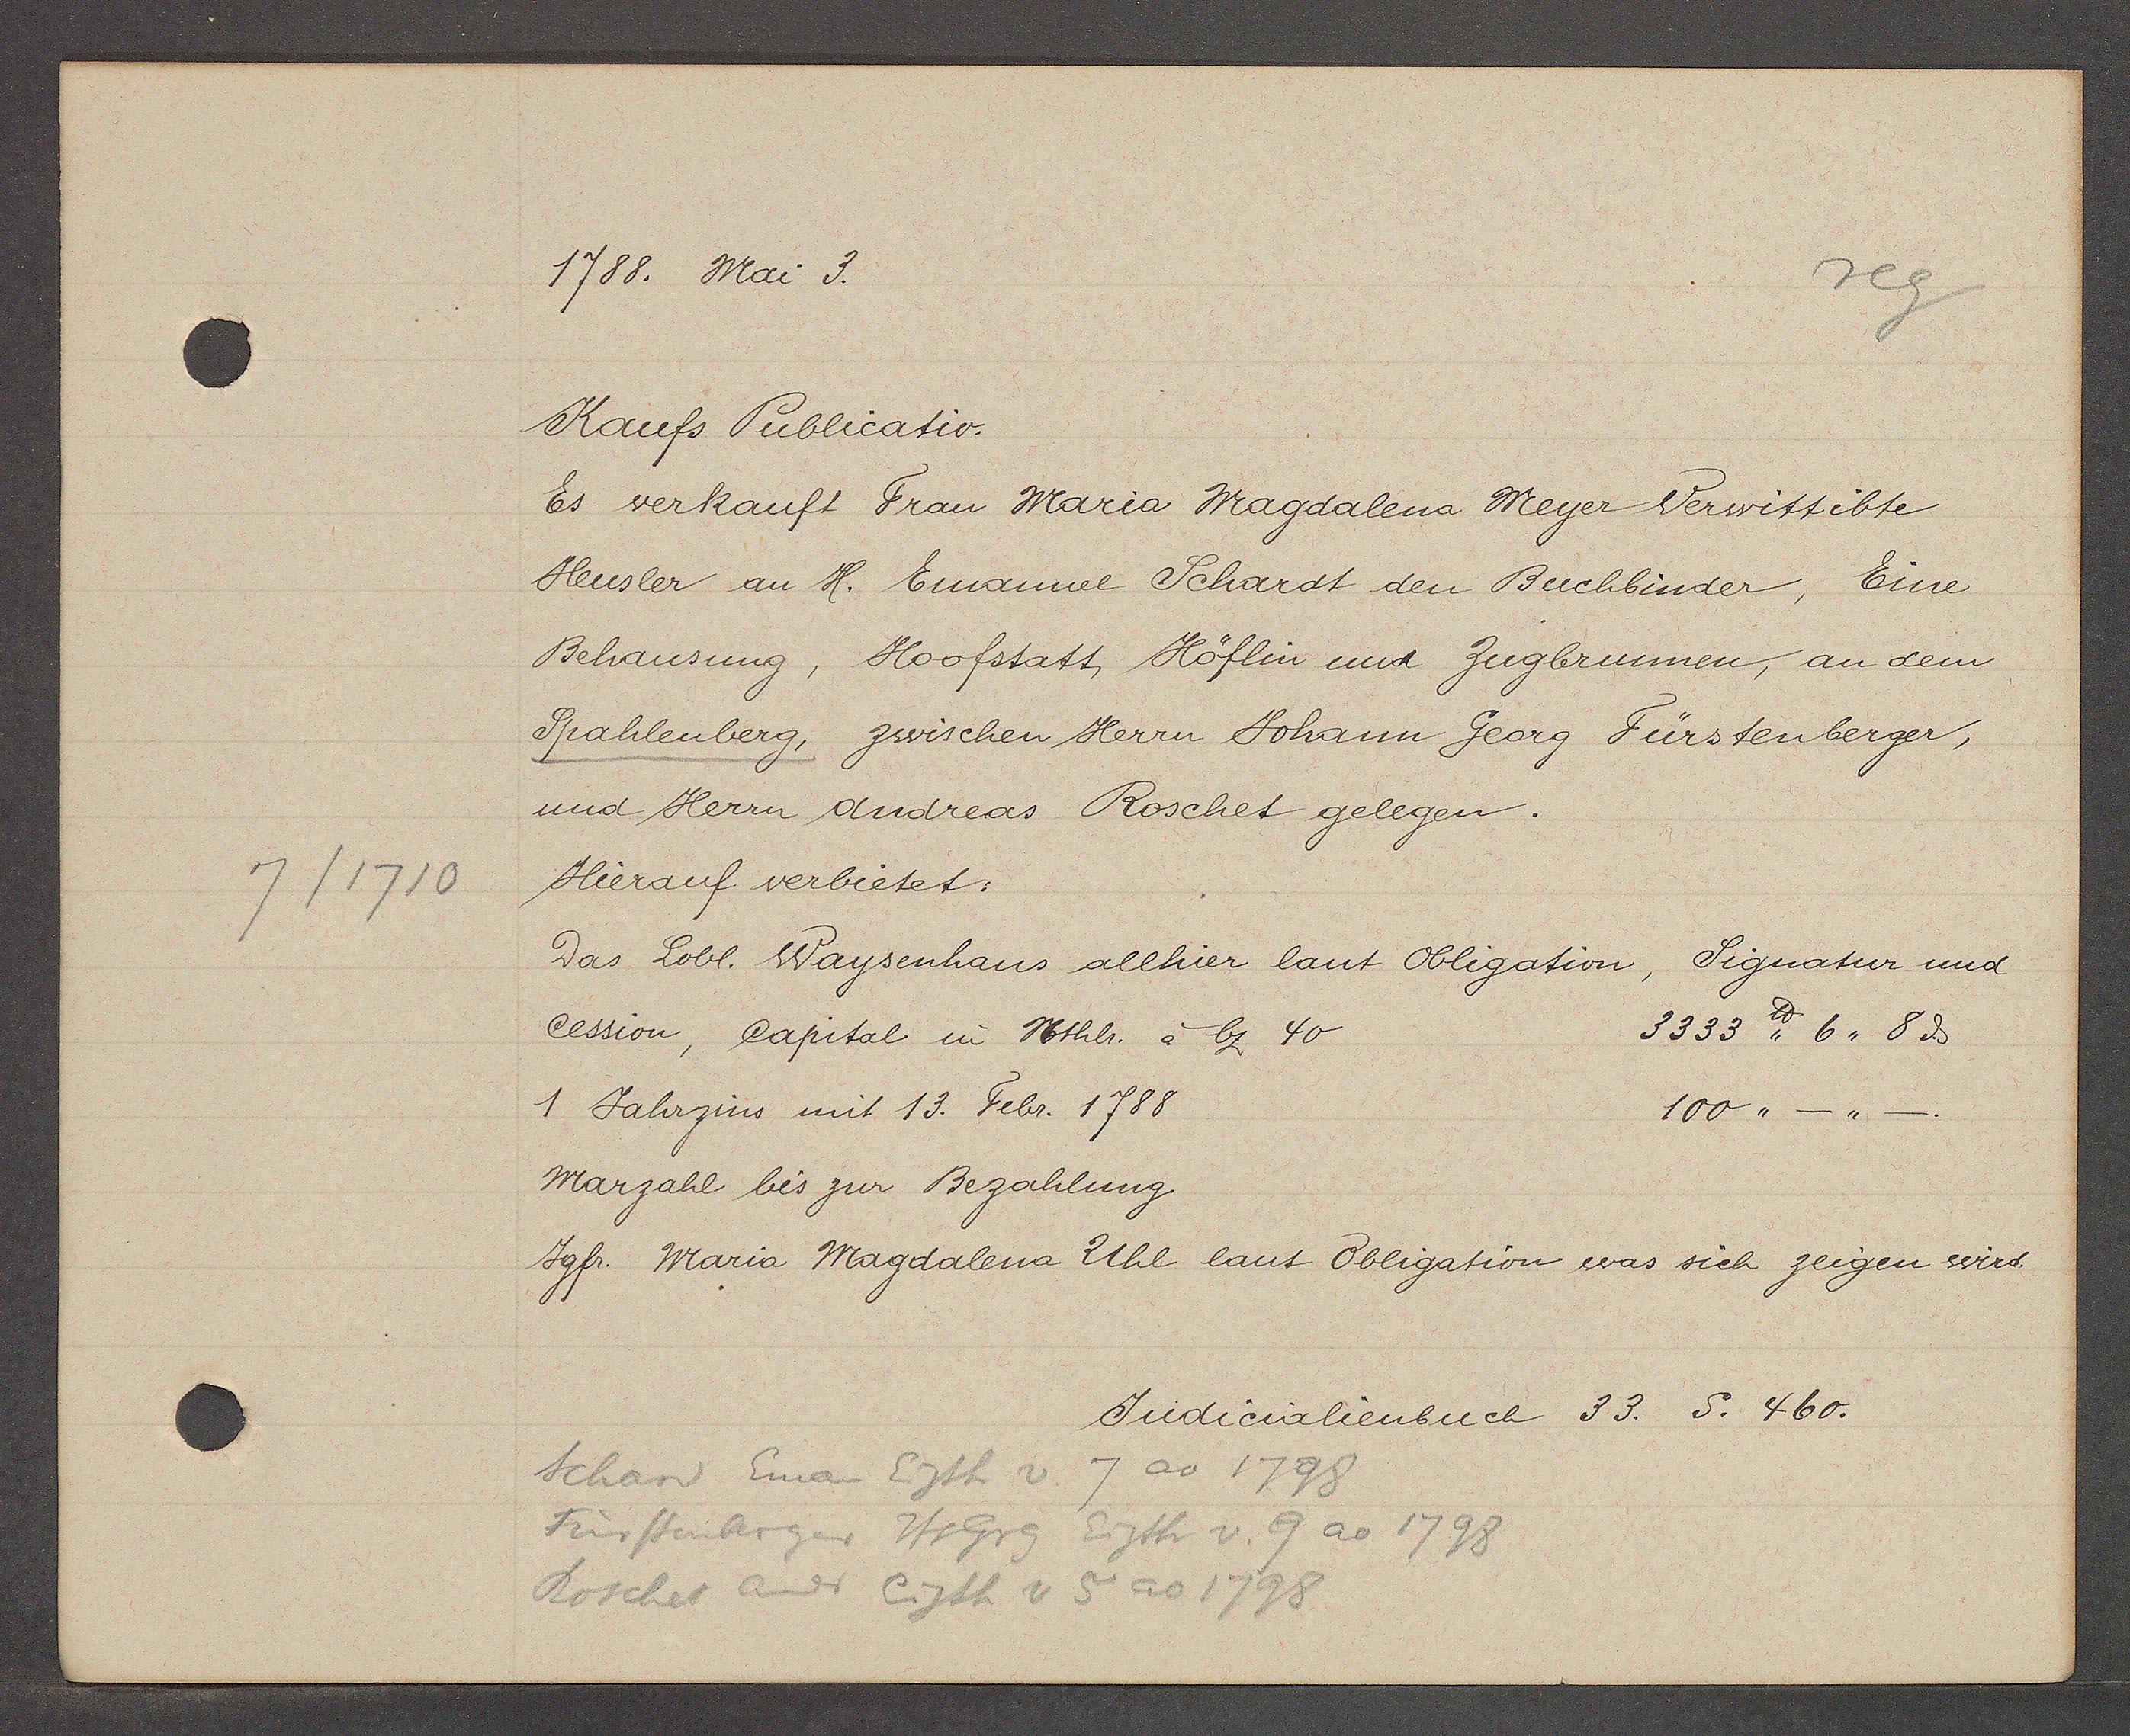
Transcript:
7/1710

1788. Mai 3.

Kaufs Publicatio.
Es verkauft Frau Maria Magdalena Meyer Verwittibte
Heusler an H. Emanuel Schardt den Buchbinder, Eine
Behausung, Hoofstatt, Höflin und Zugbrunnen, an dem
Spahlenberg, zwischen Herrn Johann Georg Fürstenberger,
und Herrn Andreas Roschet gelegen.
Hierauf verbietet:
das Lobl. Waysenhaus allhier laut Obligation,
Signatur und
Cession, Capital in Nthl. à bz 40
3333 ℔ 6,, 8ȡ
1 Jahrzins mit 13. Febr. 1788
100,,_,,
Marzahl bis zur Bezahlung
Jgfr. Maria Magdalena Uhl laut Obligation was sich zeigen wird.

33. S. 460.
Judicalienbuch

Schan Eman Eigth v. 7 ao 1798
Fürstenberger Hs Grg Eigth v. 9 ao 1798
Roschet andr Eigth v 5 ao 1798